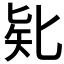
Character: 𠤗